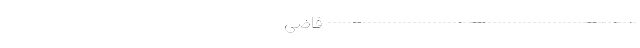
-------------------------------------------------------------- قاضی